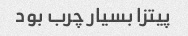
پیتزا بسیار چرب بود